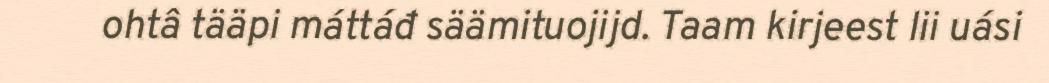
ohtâ tääpi máttáđ säämituojijd. Taam kirjeest lii uási